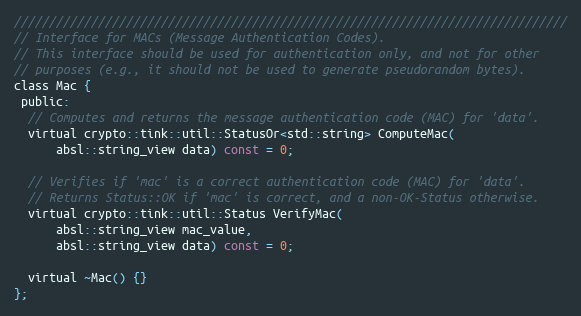
Language: C
///////////////////////////////////////////////////////////////////////////////
// Interface for MACs (Message Authentication Codes).
// This interface should be used for authentication only, and not for other
// purposes (e.g., it should not be used to generate pseudorandom bytes).
class Mac {
 public:
  // Computes and returns the message authentication code (MAC) for 'data'.
  virtual crypto::tink::util::StatusOr<std::string> ComputeMac(
      absl::string_view data) const = 0;

  // Verifies if 'mac' is a correct authentication code (MAC) for 'data'.
  // Returns Status::OK if 'mac' is correct, and a non-OK-Status otherwise.
  virtual crypto::tink::util::Status VerifyMac(
      absl::string_view mac_value,
      absl::string_view data) const = 0;

  virtual ~Mac() {}
};